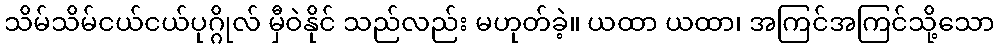
သိမ်သိမ်ငယ်ငယ်ပုဂ္ဂိုလ် မှီဝဲနိုင် သည်လည်း မဟုတ်ခဲ့။ ယထာ ယထာ၊ အကြင်အကြင်သို့သော